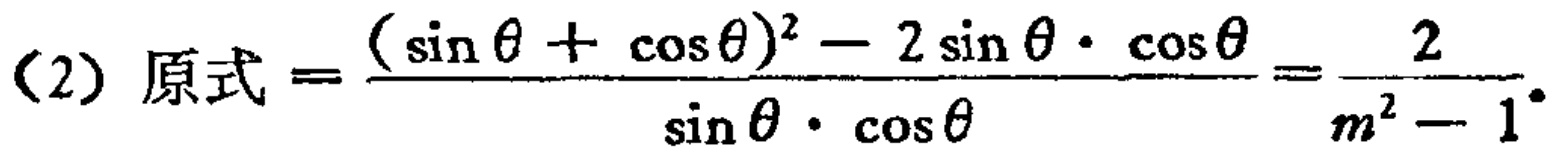
(2) 原式$=\frac{(\sin\theta + \cos\theta)^2 - 2\sin\theta\cdot\cos\theta}{\sin\theta\cdot\cos\theta}=\frac{2}{m^2 - 1}.$